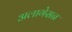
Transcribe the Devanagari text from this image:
अलागेसन